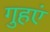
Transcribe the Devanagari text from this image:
गुहएं